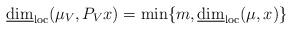
LaTeX: \begin{align*}\underline{\dim}_{\rm loc}(\mu_V, P_Vx)=\min\{m, \underline{\dim}_{\rm loc}(\mu, x)\}\end{align*}